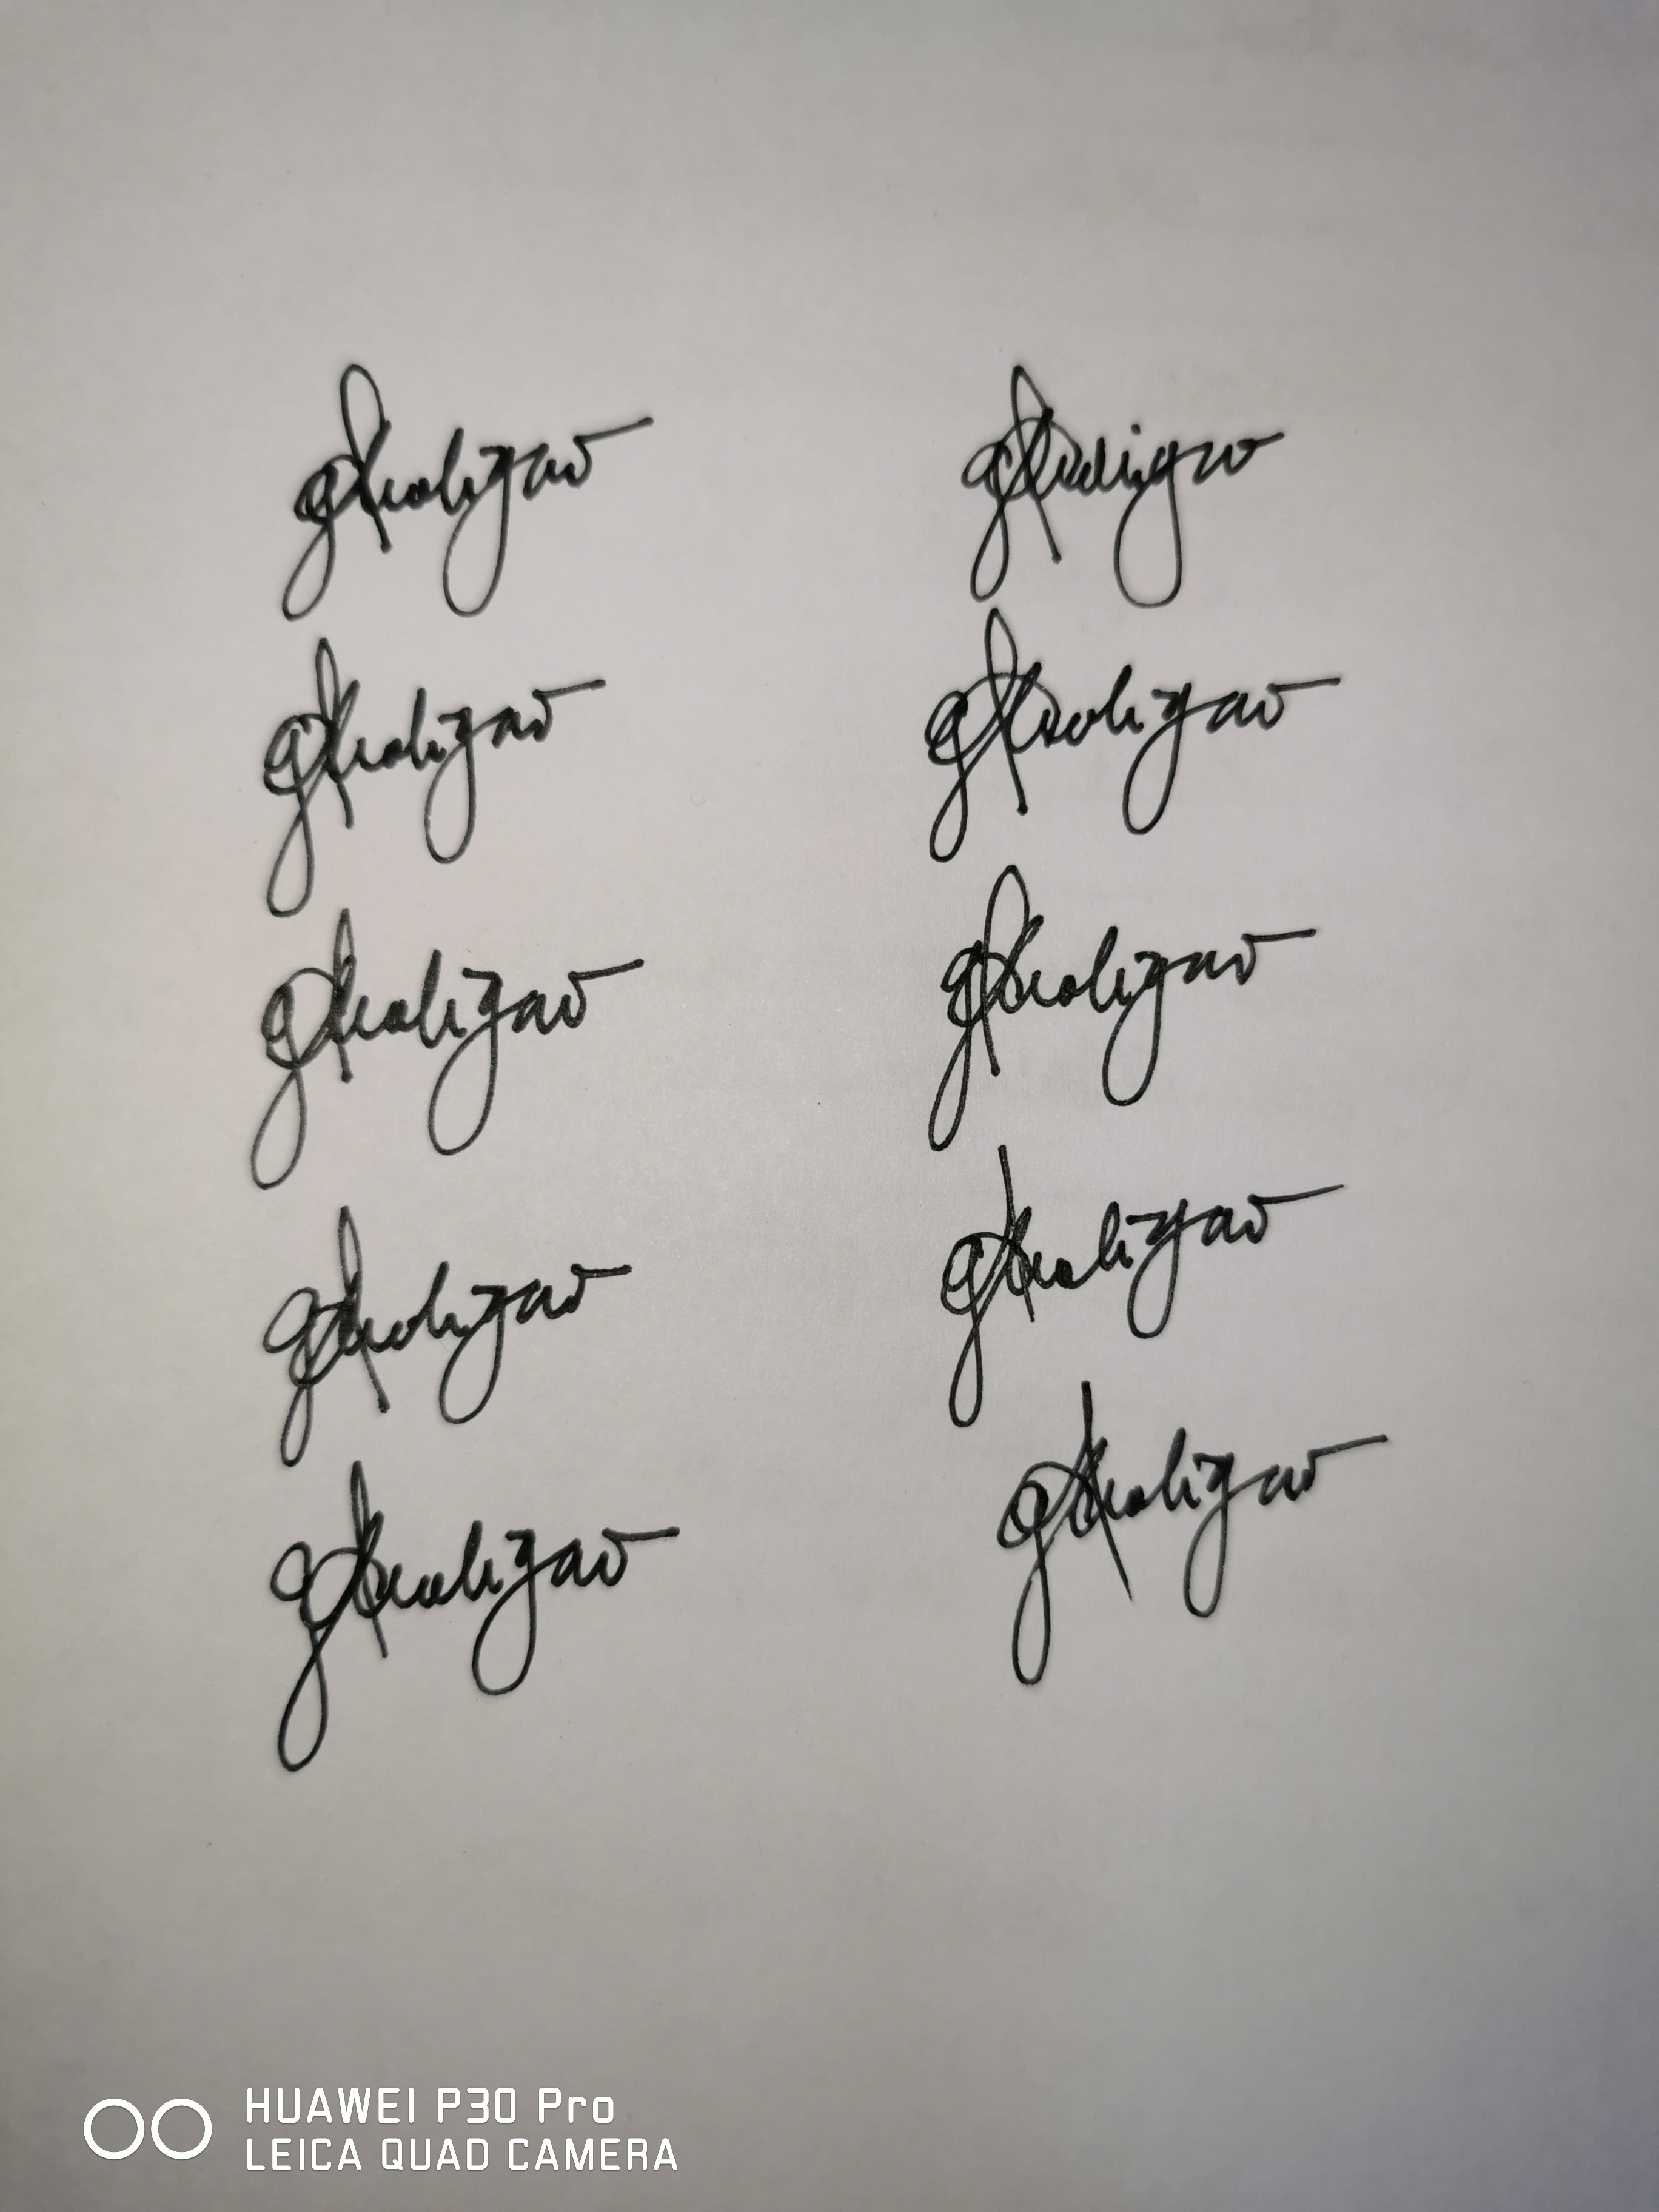
Signature authenticity: genuine